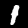
Digit: 1